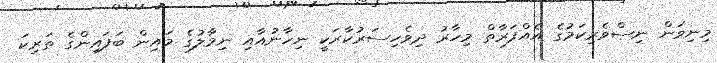
މިނިވަން ނިސްވެރިކަމުގެ އެއްފަރާތް މިހާރު ދިވެހިސަރުކާރަކީ ނިހާނުއާއި ނިމާލުގެ މައިން ބަފައިންގެ ތަރިކަ